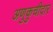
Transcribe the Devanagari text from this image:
अणुकुचीदार